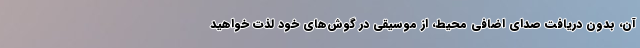
آن، بدون دریافت صدای اضافی محیط، از موسیقی در گوش‌های خود لذت خواهید